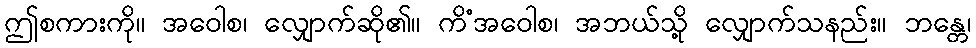
ဤစကားကို။ အဝေါစ၊ လျှောက်ဆို၏။ ကိံအဝေါစ၊ အဘယ်သို့ လျှောက်သနည်း။ ဘန္တေ၊